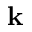
\bf k